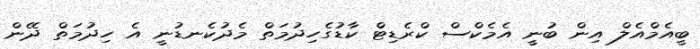
ބީއެމްއެލް އިން ބުނީ އެމެކްސް ކްރެޑިޓް ކާޑުގެހިދުމަތް މެދުކެނޑުނީ އެ ހިދުމަތް ދޭން